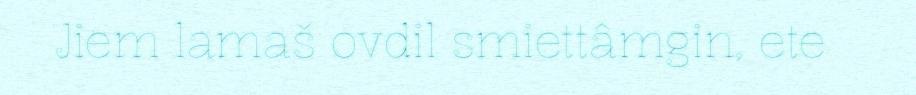
Jiem lamaš ovdil smiettâmgin, ete